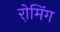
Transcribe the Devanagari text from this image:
रो़मिंग